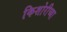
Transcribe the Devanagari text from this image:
किशोरीच्या